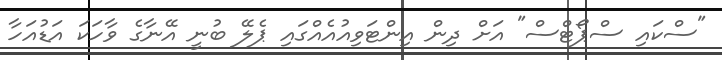
"ސްކައި ސްޕޯޓްސް" އަށް ދިން އިންޓަވިއުއެއްގައި ޕެލޭ ބުނީ އޭނާގެ ވާހަކަ އަޑުއަހާ